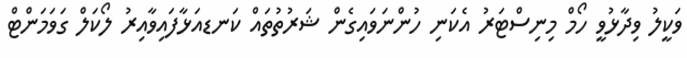
ވަކީލު ވިދާޅުވީ ހޯމް މިނިސްޓަރު އެކަނި ހުންނަވައިގެން ޝަރުތުތައް ކަނޑއަޅާފައިވާއިރު ލޯކަލް ގަވަމަންޓް